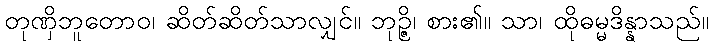
တုဏှိဘူတောဝ၊ ဆိတ်ဆိတ်သာလျှင်။ ဘုဉ္ဇိ၊ စား၏။ သာ၊ ထိုဓမ္မဒိန္နာသည်။